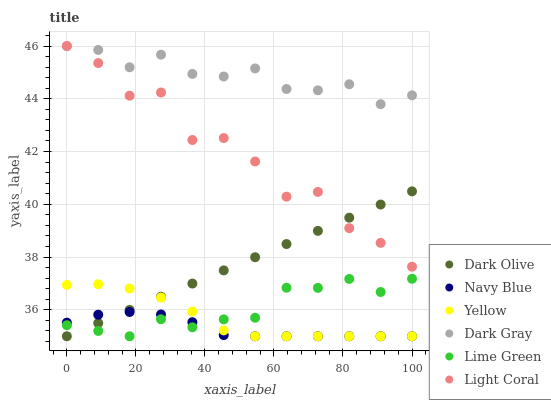
| xaxis_label | Dark Olive | Navy Blue | Yellow | Dark Gray | Lime Green | Light Coral |
 | --- | --- | --- | --- | --- | --- | --- |
 | 0 | 35 | 35.5 | 36.9 | 46 | 35.4 | 46 |
 | 9.09 | 35.5 | 35.8 | 37 | 45.9 | 35.2 | 45.4 |
 | 18.2 | 36 | 35.9 | 36.8 | 45.2 | 35 | 44.1 |
 | 27.3 | 36.5 | 35.8 | 36.5 | 45.7 | 35.6 | 44.2 |
 | 36.4 | 37 | 35.5 | 35.9 | 44.9 | 35.3 | 42.4 |
 | 45.5 | 37.5 | 35 | 35.2 | 44.8 | 35.6 | 42.5 |
 | 54.5 | 38 | 35 | 35 | 45.2 | 35.7 | 41.6 |
 | 63.6 | 38.5 | 35 | 35 | 44.4 | 36.8 | 40.3 |
 | 72.7 | 39 | 35 | 35 | 44.3 | 36.8 | 40.5 |
 | 81.8 | 39.5 | 35 | 35 | 44.6 | 37.2 | 39.1 |
 | 90.9 | 40 | 35 | 35 | 43.8 | 36.7 | 38.5 |
 | 100 | 40.5 | 35 | 35 | 44.1 | 37.2 | 37.6 |